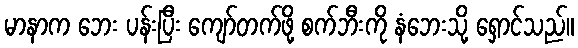
မာနာက ဘေး ပန်းပြီး ကျော်တက်ဖို့ စက်ဘီးကို နံဘေးသို့ ရှောင်သည်။